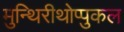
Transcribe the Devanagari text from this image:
मुन्थिरीथोप्पुकल